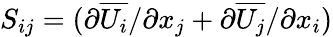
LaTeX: S_{ij}=({\partial\overline{{U_{i}}}/\partial x_{j}}+{\partial\overline{{U_{j}}}/\partial x_{i}})